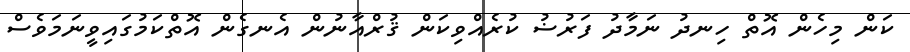
ކަން މިހެން އޮތް ހިނދު ނަމާދު ފަރުޟު ކުރެއްވިކަން ޤުރްއާނުން އެނގެން އޮތްކަމުގައިވީނަމަވެސް